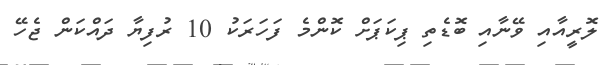
ލޮރީއާއި ވޭނާއި ބޮޑެތި ޕިކަޕަށް ކޮންމެ ފަހަރަކު 10 ރުފިޔާ ދައްކަން ޖެހޭ